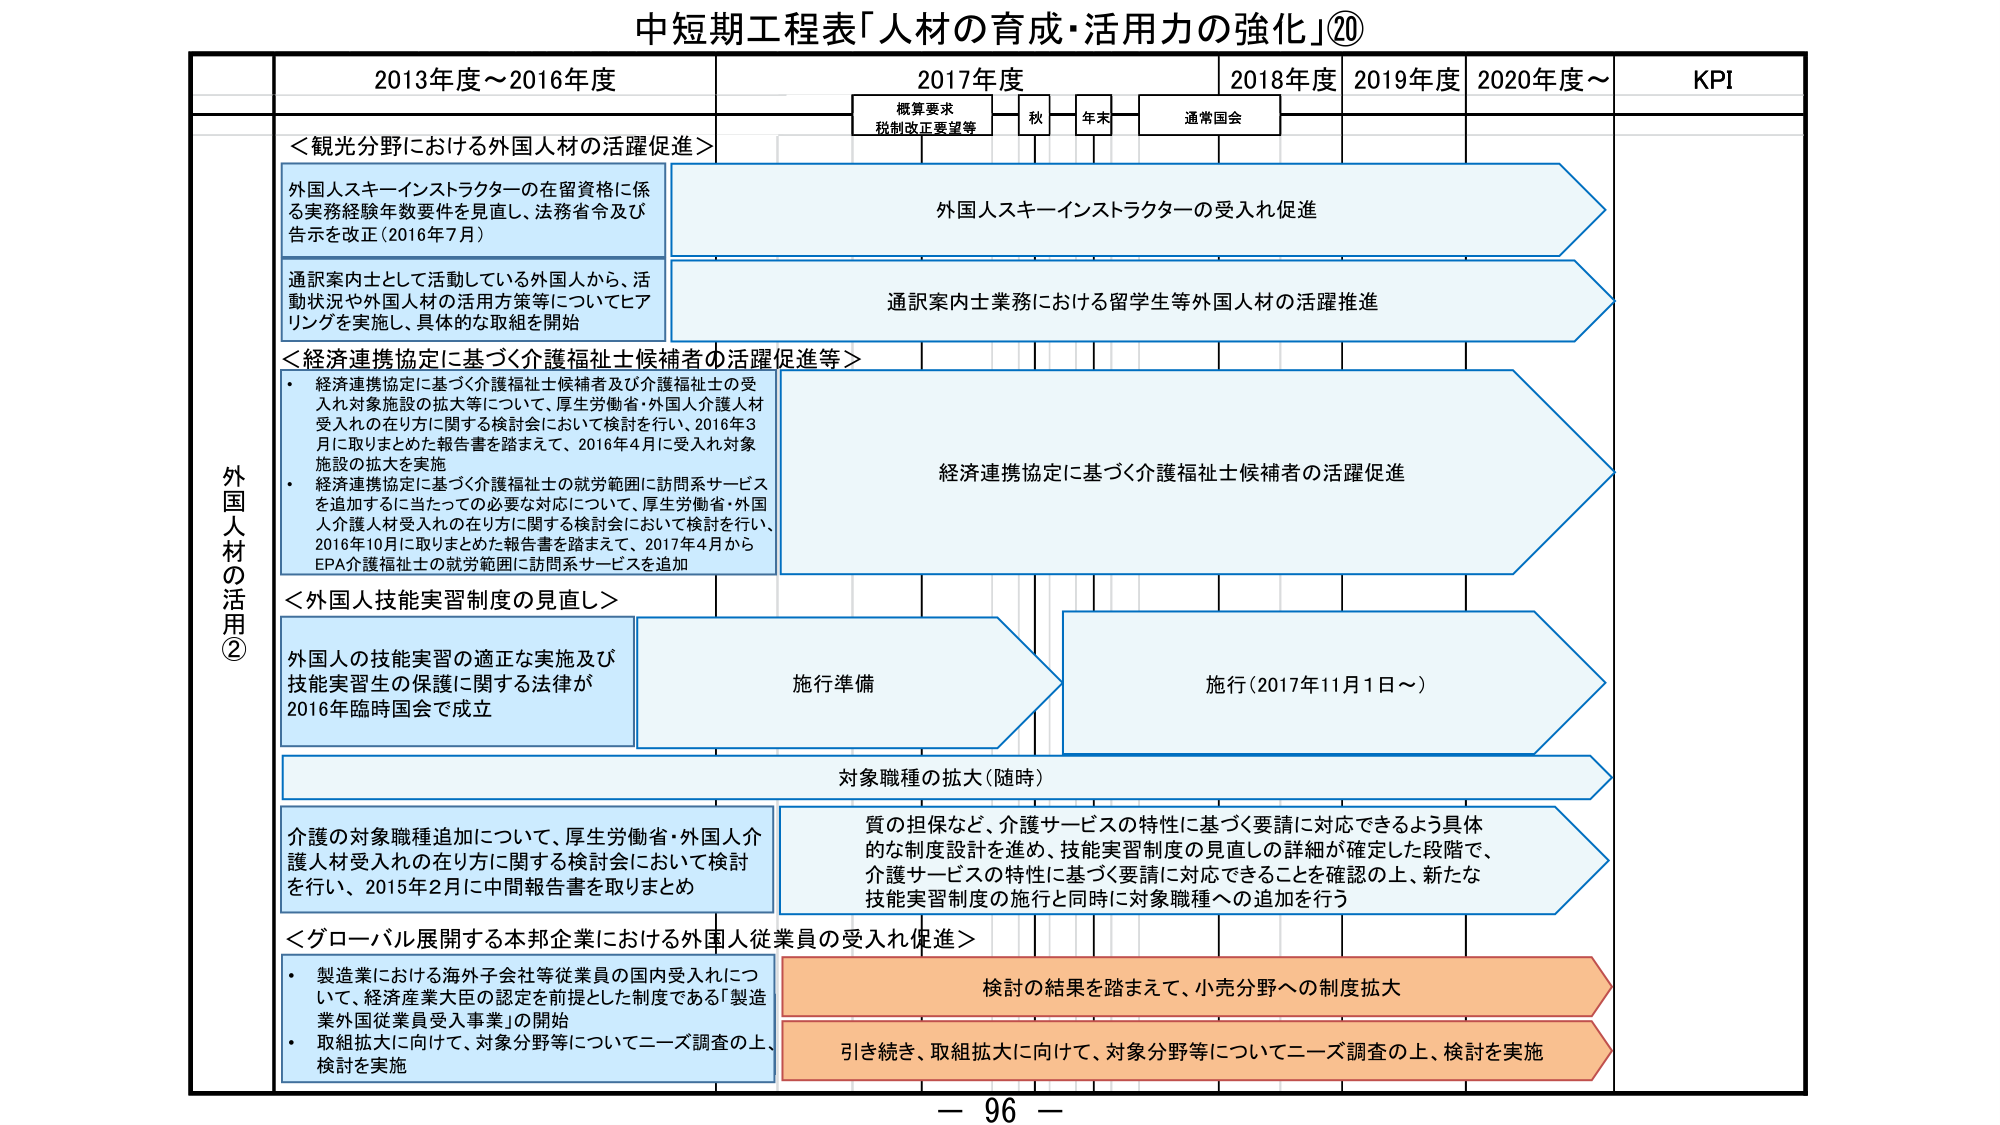
中短期工程表「人材の育成・活用力の強化」⑳

2013年度～2016年度　2017年度　2018年度　2019年度　2020年度～　KPI

概算要求
税制改正要望等　秋　年末　通常国会

外国人材の活用②

＜観光分野における外国人材の活躍促進＞

外国人スキーインストラクターの在留資格に係る実務経験年数要件を見直し、法務省令及び告示を改正（2016年7月）

外国人スキーインストラクターの受入れ促進

通訳案内士として活動している外国人から、活動状況や外国人材の活用方策等についてヒアリングを実施し、具体的な取組を開始

通訳案内士業務における留学生等外国人材の活躍推進

＜経済連携協定に基づく介護福祉士候補者の活躍促進等＞

・経済連携協定に基づく介護福祉士候補者及び介護福祉士の受入れ対象施設の拡大等について、厚生労働省・外国人介護人材受入れの在り方に関する検討会において検討を行い、2016年3月に取りまとめた報告書を踏まえて、2016年4月に受入れ対象施設の拡大を実施

・経済連携協定に基づく介護福祉士の就労範囲に訪問系サービスを追加するに当たっての必要な対応について、厚生労働省・外国人介護人材受入れの在り方に関する検討会において検討を行い、2016年10月に取りまとめた報告書を踏まえて、2017年4月からEPA介護福祉士の就労範囲に訪問系サービスを追加

経済連携協定に基づく介護福祉士候補者の活躍促進

＜外国人技能実習制度の見直し＞

外国人の技能実習の適正な実施及び技能実習生の保護に関する法律が2016年臨時国会で成立

施行準備

施行（2017年11月1日～）

対象職種の拡大（随時）

介護の対象職種追加について、厚生労働省・外国人介護人材受入れの在り方に関する検討会において検討を行い、2015年2月に中間報告書を取りまとめ

質の担保など、介護サービスの特性に基づく要請に対応できるよう具体的な制度設計を進め、技能実習制度の見直しの詳細が確定した段階で、介護サービスの特性に基づく要請に対応できることを確認の上、新たな技能実習制度の施行と同時に対象職種への追加を行う

＜グローバル展開する本邦企業における外国人従業員の受入れ促進＞

・製造業における海外子会社等従業員の国内受入れについて、経済産業大臣の認定を前提とした制度である「製造業外国従業員受入事業」の開始

・取組拡大に向けて、対象分野等についてニーズ調査の上、検討を実施

検討の結果を踏まえて、小売分野への制度拡大

引き続き、取組拡大に向けて、対象分野等についてニーズ調査の上、検討を実施

－ 96 －